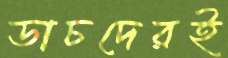
ডাচদেরই